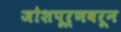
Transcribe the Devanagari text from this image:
जोशपूर्णवरून